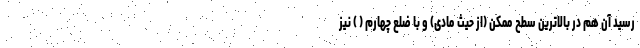
رسید آن هم در بالاترین سطح ممکن (از حیث مادی) و با ضلع چهارم ( ) نیز